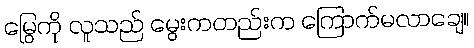
မြွေကို လူသည် မွေးကတည်းက ကြောက်မလာချေ။